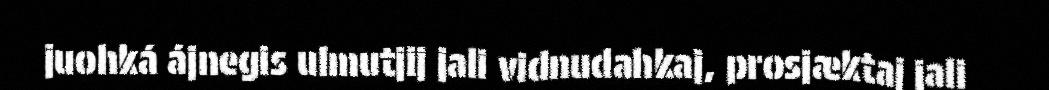
juohká ájnegis ulmutjij jali vidnudahkaj, prosjæktaj jali